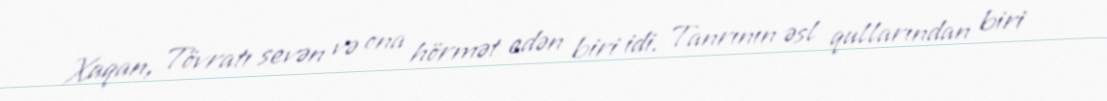
Xaqan, Tövratı sevən və ona hörmət edən biri idi. Tanrının əsl qullarından biri